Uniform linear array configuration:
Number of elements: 4
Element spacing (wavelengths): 1
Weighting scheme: kaiser
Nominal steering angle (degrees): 45
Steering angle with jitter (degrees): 43.82
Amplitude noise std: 0.05
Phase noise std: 0.05

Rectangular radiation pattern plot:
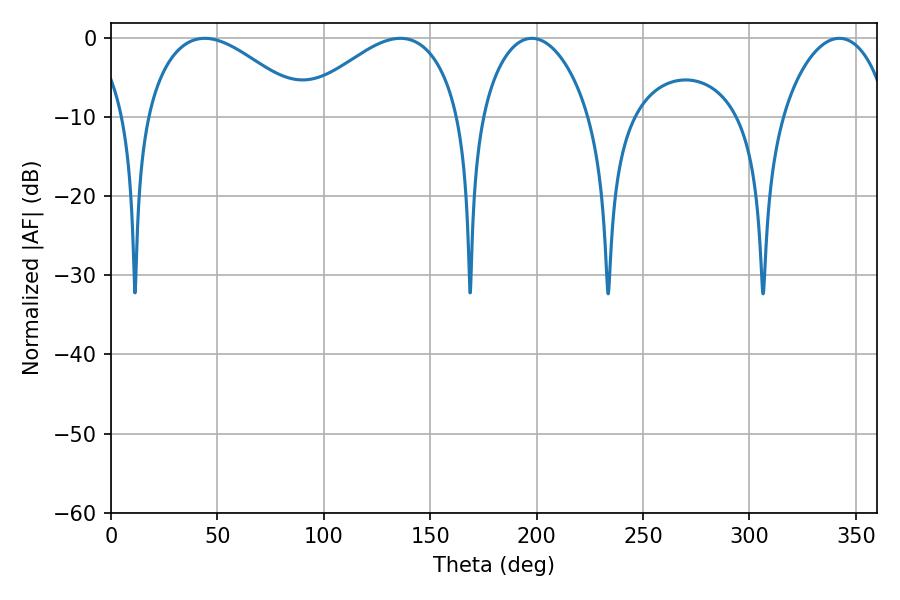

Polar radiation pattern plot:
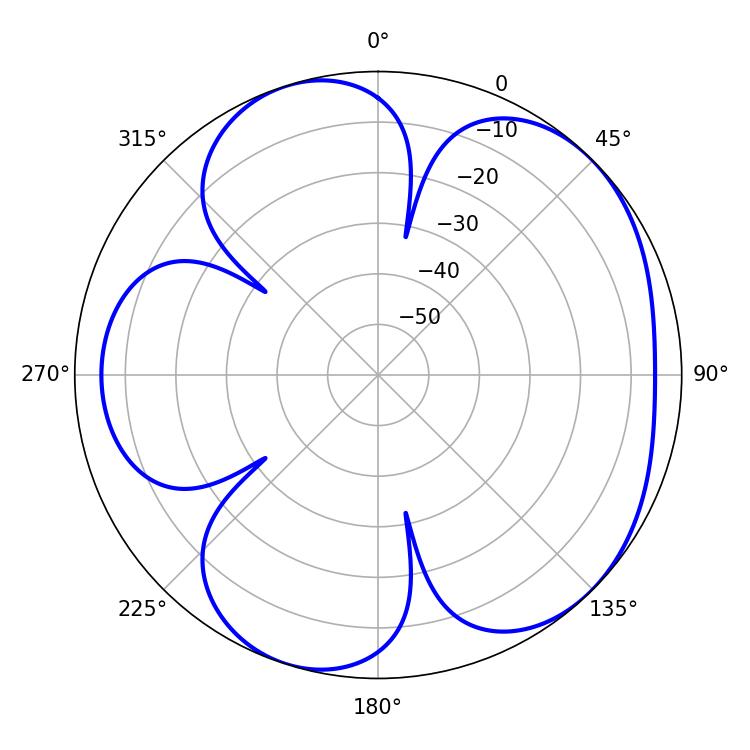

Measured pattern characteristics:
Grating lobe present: TRUE
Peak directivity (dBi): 5.12
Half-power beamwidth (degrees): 41.4
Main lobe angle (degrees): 44.1